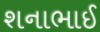
શનાભાઈ